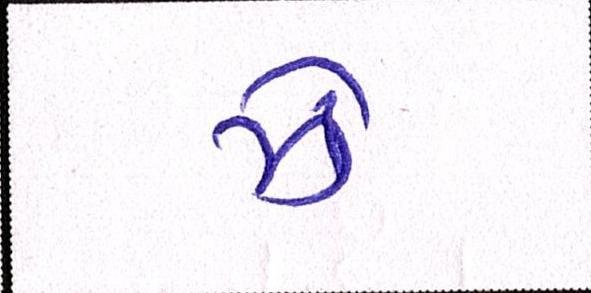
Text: ઝેૄ